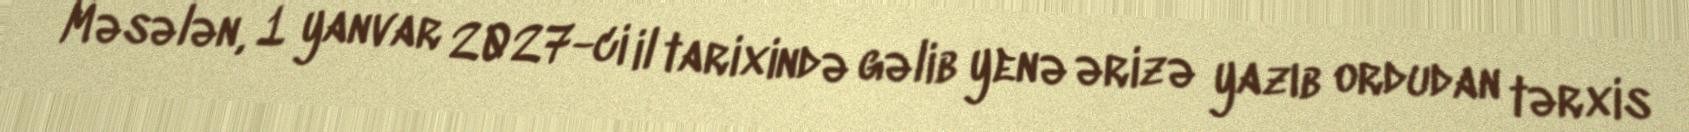
Məsələn, 1 yanvar 2027-ci il tarixində gəlib yenə ərizə yazıb ordudan tərxis